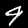
Digit: 9